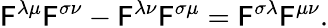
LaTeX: \mathsf{F}^{\lambda\mu}\mathsf{F}^{\sigma\nu}-\mathsf{F}^{\lambda\nu}\mathsf{F}^{\sigma\mu}=\mathsf{F}^{\sigma\lambda}\mathsf{F}^{\mu\nu}.